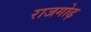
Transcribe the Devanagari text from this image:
राजगोढ़